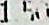
1.50